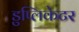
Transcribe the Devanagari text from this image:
डुप्लिकेटर